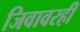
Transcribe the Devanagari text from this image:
जिवावरही